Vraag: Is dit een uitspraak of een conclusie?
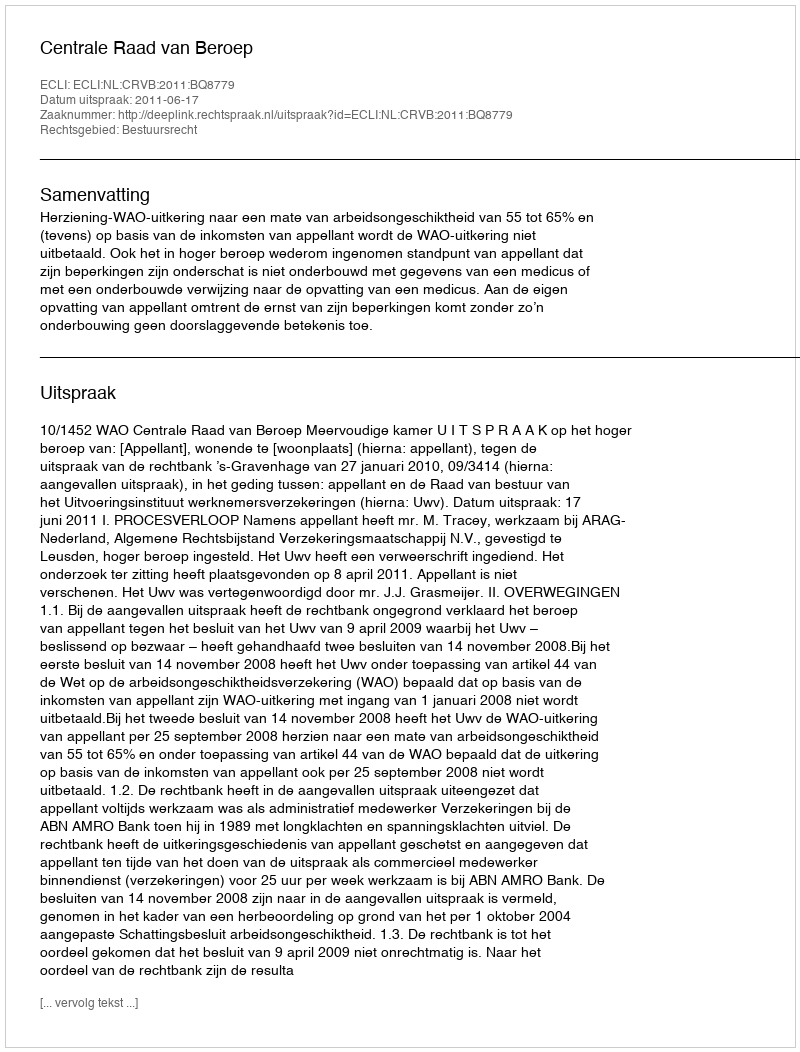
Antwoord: Uitspraak